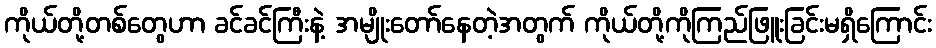
ကိုယ်တို့တစ်တွေဟာ ခင်ခင်ကြီးနဲ့ အမျိုးတော်နေတဲ့အတွက် ကိုယ်တို့ကိုကြည်ဖြူးခြင်းမရှိကြောင်း